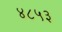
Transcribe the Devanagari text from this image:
४८५३